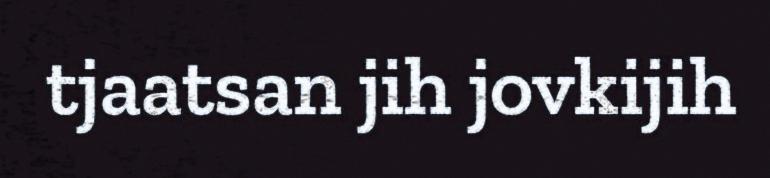
tjaatsan jih jovkijih